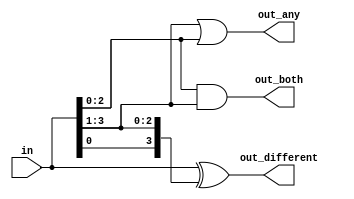
module top_module( 
    input [3:0] in,
    output [2:0] out_both,
    output [3:1] out_any,
    output [3:0] out_different );

assign out_both = in[2:0] & in[3:1];
assign out_any= in[3:1] | in[2:0];
assign out_different = in ^ {in[0],in[3:1]};



// 3210     210
 
endmodule